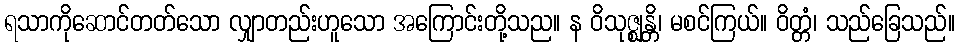
ရသာကိုဆောင်တတ်သော လျှာတည်းဟူသော အကြောင်းတို့သည။ န ဝိသုဇ္ဈန္တိ၊ မစင်ကြယ်။ ဝိတ္တံ၊ သည်ခြေသည်။